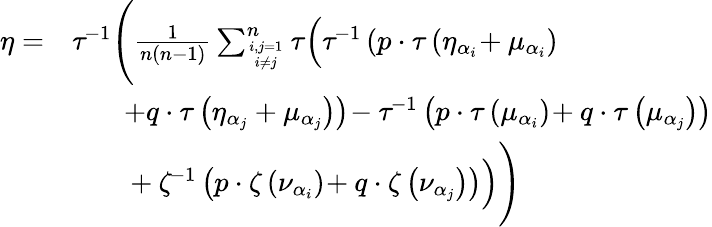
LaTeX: \begin{array}{rl}{\eta=}&{\tau^{\! -1}\Bigg(\frac{1}{n(n-1)}\sum_{i,j=1\atop i\neq j}^{n}\tau\Big(\tau^{\! -1}\left(p\cdot\tau\left(\eta_{\alpha_{i}}\! +\mu_{\alpha_{i}}\right)\right.\Big.\Bigg.}\\ &{\left.\quad\quad\! +q\cdot\tau\left(\eta_{\alpha_{j}}+\mu_{\alpha_{j}}\right)\right)\! -\tau^{\! -1}\left(p\cdot\tau\left(\mu_{\alpha_{i}}\right)\! +q\cdot\tau\left(\mu_{\alpha_{j}}\right)\right)}\\ &{\Bigg.\Big.\quad\quad\! +\zeta^{\! -1}\left(p\cdot\zeta\left(\nu_{\alpha_{i}}\right)\! +q\cdot\zeta\left(\nu_{\alpha_{j}}\right)\right)\Big)\Bigg)}\end{array}